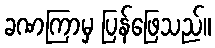
ခဏကြာမှ ပြန်ဖြေသည်။